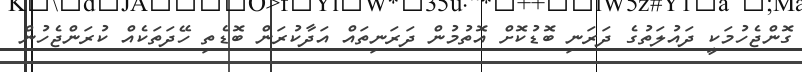
ގޮންޖެހުމަކީ ދައުލަތުގެ ދަރަނި ބޮޑުކޮށް އޮތުމުން ދަރަނިތައް އަދާކުރަން ބޮޑެތި ހޭދަތަކެއް ކުރަންޖެހުން